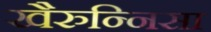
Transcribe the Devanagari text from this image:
खैरुन्निसा